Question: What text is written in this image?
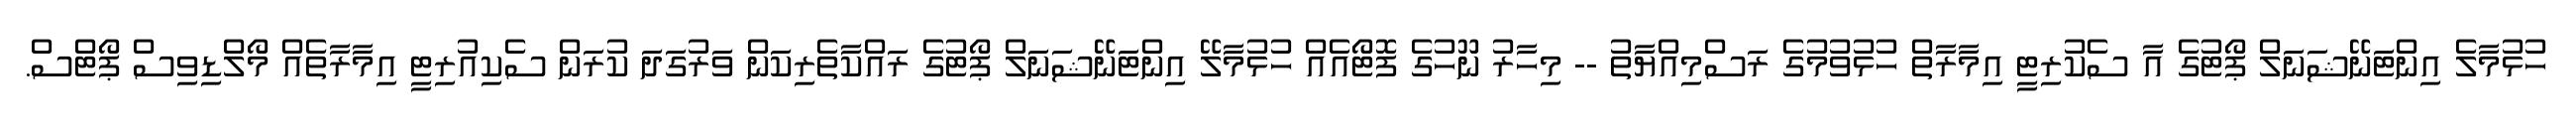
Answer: ހުޅުމާލެ އިންޓަނޭޝަނަލް ޕޯޓުގެ އާ ސެކުރިޓީ އިމާރާތް ހުޅުވުމުގެ ރަސްމިއްޔާތު -- މިހާރު ނޫހުގެ ފޮޓޯއެއް ހުޅުމާލޭ އިންޓަނޭޝަނަލް ޕޯޓުގެ ރައްކާތެރިކަން ވަރުގަދަ ކުރަން ސެކިއުރިޓީ އިމާރާތެއް މޯލްޑިވިސް ޕޯޓްސް.